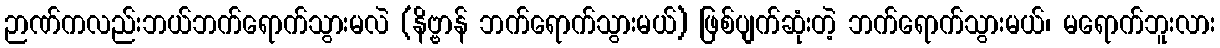
ဉာဏ်ကလည်းဘယ်ဘက်ရောက်သွားမလဲ (နိဗ္ဗာန် ဘက်ရောက်သွားမယ်) ဖြစ်ပျက်ဆုံးတဲ့ ဘက်ရောက်သွားမယ်၊ မရောက်ဘူးလား